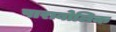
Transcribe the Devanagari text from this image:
पाराबोलिक